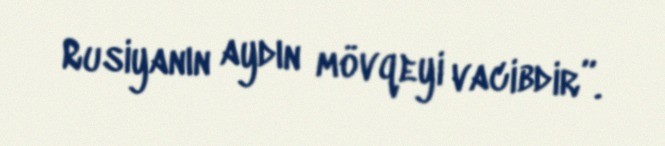
Rusiyanın aydın mövqeyi vacibdir”.